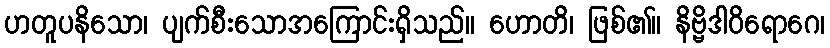
ဟတူပနိသော၊ ပျက်စီးသောအကြောင်းရှိသည်။ ဟောတိ၊ ဖြစ်၏။ နိဗ္ဗိဒါဝိရောဂေ၊